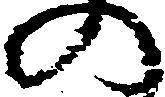
の